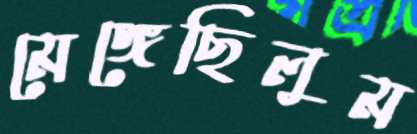
মেঙ্গেছিলুম